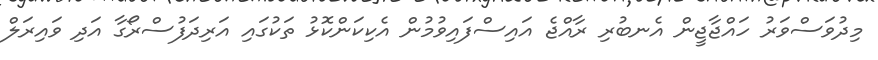
މިދުވަސްވަރު ހައްޖާޖީން އެނބުރި ރާއްޖެ އައިސްފައިވުމުން އެކިކަންކޮޅު ތަކުގައި އަރިދަފުސްރޯގާ އަދި ވައިރަލް